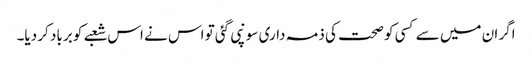
اگر ان میں سے کسی کو صحت کی ذمہ داری سونپی گئی تو اس نے اس شعبے کو برباد کر دیا۔